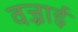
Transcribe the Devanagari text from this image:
वज्राई